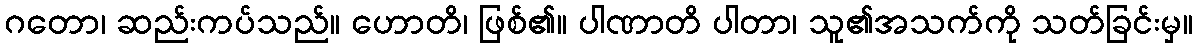
ဂတော၊ ဆည်းကပ်သည်။ ဟောတိ၊ ဖြစ်၏။ ပါဏာတိ ပါတာ၊ သူ၏အသက်ကို သတ်ခြင်းမှ။